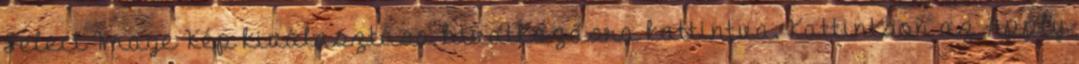
Select Image Kép kiválasztása hivatkozásra kattintva. Kattintson az Apply